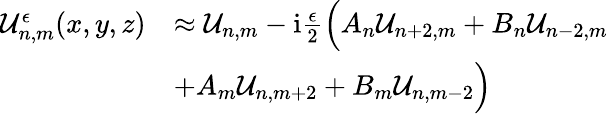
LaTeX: \begin{array}{rl}{\mathcal{U}_{n,m}^{\epsilon}(x,y,z)}&{\approx\mathcal{U}_{n,m}-\mathrm{i}\frac{\epsilon}{2}\Big(A_{n}\mathcal{U}_{n+2,m}+B_{n}\mathcal{U}_{n-2,m}}\\ &{+A_{m}\mathcal{U}_{n,m+2}+B_{m}\mathcal{U}_{n,m-2}\Big)}\end{array}